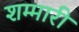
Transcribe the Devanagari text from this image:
शम्मारी